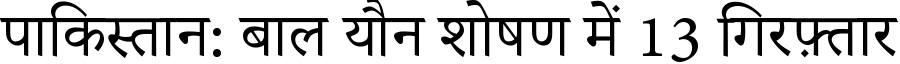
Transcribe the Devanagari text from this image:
पाकिस्तान: बाल यौन शोषण में 13 गिरफ़्तार